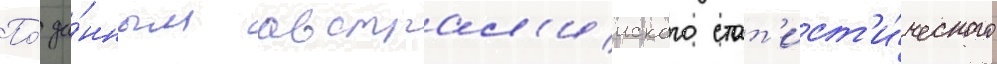
По́ да́нным австрал'ииского стат'ист'и́ческого